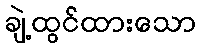
ချဲ့ထွင်ထားသော